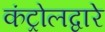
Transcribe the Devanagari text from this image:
कंट्रोलद्वारे